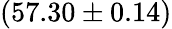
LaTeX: (57.30\pm 0.14)